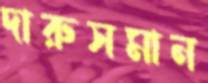
দারুসমান